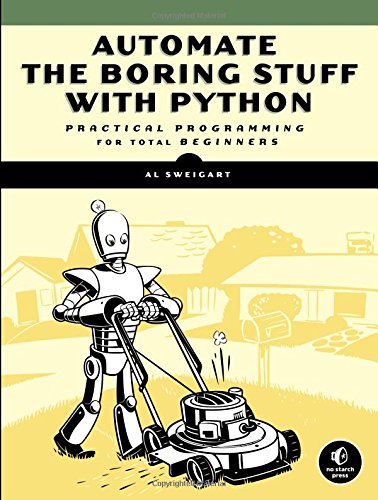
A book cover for Automate the Boring Stuff with Python: Practical Programming for Total Beginners; Al Sweigart; Computers & Technology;